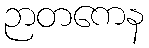
ဉာတကေန